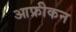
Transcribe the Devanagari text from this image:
आफ्रीकन